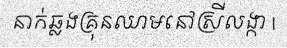
នាក់ឆ្លងគ្រុនឈាមនៅស្រីលង្កា |